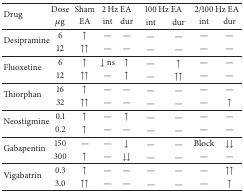
<table><thead><tr><td rowspan="2"><b>Drug</b></td><td><b>Dose</b></td><td><b>Sham</b></td><td colspan="2"><b>2-Hz EA</b></td><td colspan="2"><b>100-Hz EA</b></td><td colspan="2"><b>2/100-Hz EA</b></td></tr><tr><td><b><i>μ</i>g</b></td><td><b>EA</b></td><td><b> int</b></td><td><b>dur</b></td><td><b>int</b></td><td><b>dur</b></td><td><b>int</b></td><td><b>dur</b></td></tr></thead><tbody><tr><td rowspan="2">Desipramine </td><td>6</td><td>↑</td><td>—</td><td>—</td><td>—</td><td>—</td><td>—</td><td>—</td></tr><tr><td>12</td><td>↑↑</td><td>—</td><td>—</td><td>—</td><td>—</td><td>—</td><td>—</td></tr><tr><td rowspan="2">Fluoxetine </td><td>6</td><td>↑</td><td>↓ ns</td><td>↑</td><td>—</td><td>↑</td><td>—</td><td>—</td></tr><tr><td>12</td><td>↑↑</td><td>—</td><td>↑</td><td>—</td><td>↑↑</td><td>—</td><td>—</td></tr><tr><td rowspan="2">Thiorphan </td><td>16</td><td>↑</td><td>—</td><td>—</td><td>—</td><td>—</td><td>—</td><td>—</td></tr><tr><td>32</td><td>↑↑</td><td>—</td><td>—</td><td>—</td><td>—</td><td>—</td><td>↑</td></tr><tr><td rowspan="2">Neostigmine </td><td>0.1</td><td>↑</td><td>—</td><td>↑</td><td>—</td><td>—</td><td>—</td><td>—</td></tr><tr><td>0.2</td><td>↑</td><td>—</td><td>—</td><td>—</td><td>—</td><td>—</td><td>—</td></tr><tr><td rowspan="2">Gabapentin </td><td>150</td><td>—</td><td>—</td><td>↓</td><td>—</td><td>—</td><td>Block</td><td>↓↓</td></tr><tr><td>300</td><td>↑</td><td>—</td><td>↓↓</td><td>—</td><td>—</td><td>—</td><td>—</td></tr><tr><td rowspan="2">Vigabatrin </td><td>0.3</td><td>↑</td><td>—</td><td>—</td><td>—</td><td>—</td><td>—</td><td>↑↑</td></tr><tr><td>3.0</td><td>↑↑</td><td>—</td><td>—</td><td>—</td><td>—</td><td>—</td><td>↑</td></tr></tbody></table>